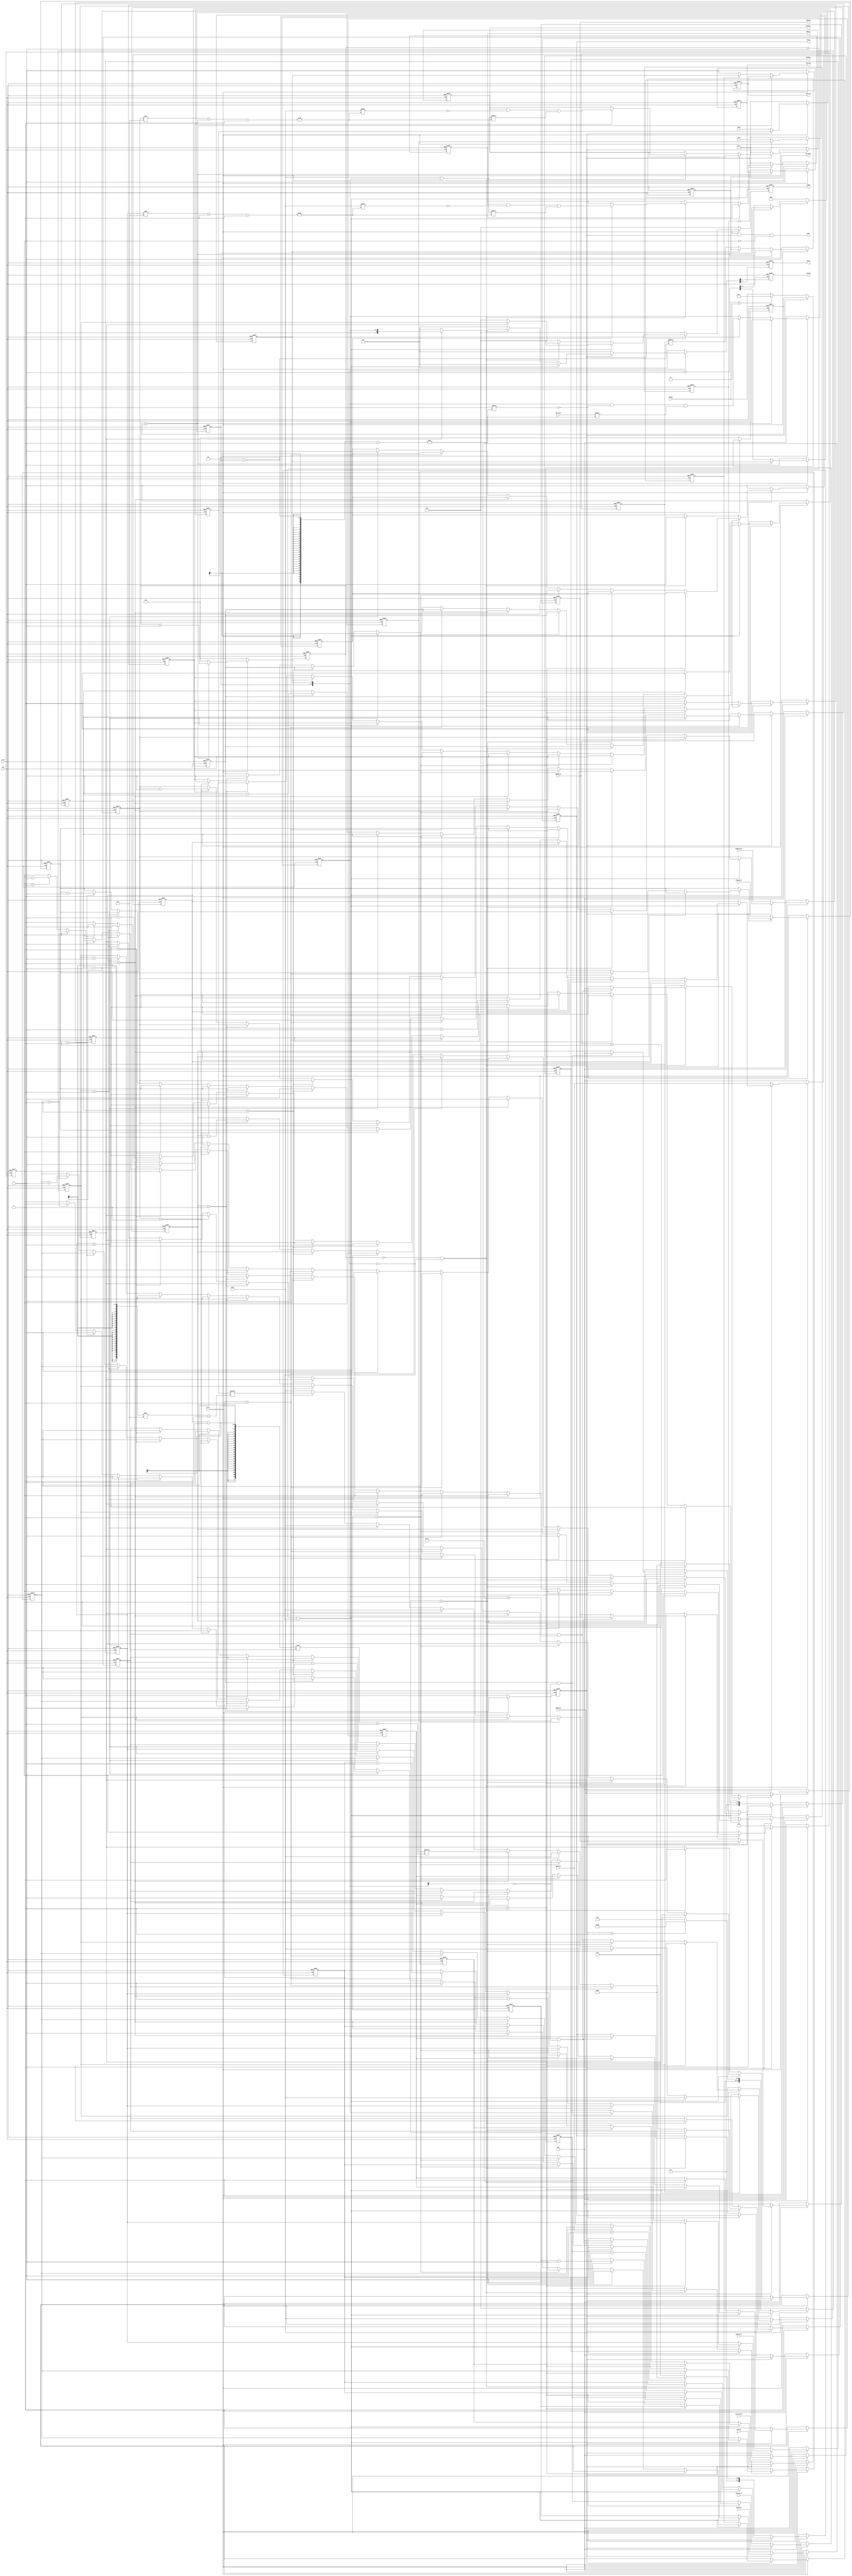
// This program was cloned from: https://github.com/WangXuan95/FPGA-SDcard-Reader-SPI
// License: GNU General Public License v3.0


//--------------------------------------------------------------------------------------------------------
// Module  : spi_session
// Type    : synthesizable, IP's sub module
// Standard: Verilog 2001 (IEEE1364-2001)
//--------------------------------------------------------------------------------------------------------

module spi_session (
    input  wire         rstn,
    input  wire         clk,
    // spi interface
    output reg          spi_ssn, spi_sck, spi_mosi,
    input  wire         spi_miso,
    // user command interface
    input  wire         start, 
    output wire         done,
    input  wire  [31:0] clkdiv, // next command spi_sck = clk / (2*(clkdiv+1)), for example clk=50MHz, clkdiv=124, spi_sck=50MHz/(2*125) = 200kHz
    input  wire  [47:0] cmd, acmd,
    input  wire  [ 7:0] waitcycle, precycle, startcycle, cmdcycle, cmdrcycle, acmdcycle, acmdrcycle, midcycle, stopcycle, recycle, // dummy clock byte cycles
    output reg   [ 7:0] cmdrsp, acmdrsp, rwrsp,
    output reg   [47:0] cmdres, acmdres,
    // data readout
    output reg          rvalid,
    output reg   [15:0] rindex,
    output reg   [ 7:0] rdata
);


initial {cmdrsp, acmdrsp, rwrsp} = 0;
initial {cmdres, acmdres} = 0;
initial {spi_ssn, spi_sck, spi_mosi} = 3'b111;
initial {rvalid, rdata, rindex} = 0;

reg   start_last=1'b0;
reg   [31:0] clkdivreg=0, cyccnt=0;
reg   [ 2:0] bitcnt=3'b0;
reg   highlow=1'b0;
wire  byteend, bytestart;
reg   scken=1'b0, chipselect=1'b0;
reg   [ 7:0] wbyte=8'hff, rbyte=8'h0;
reg   [47:0] cmdr=48'h0, acmdr=48'h0;
reg   [ 7:0] waitc=8'h0, prec=8'h0, startc=8'h0, cmdc=8'h0, cmdrwait=8'h0, cmdrc=8'h0, acmdc=8'h0, acmdrwait=8'h0, acmdrc=8'h0, midc=8'h0, stopc=8'h0, rec=8'h0, lastc=8'h0;
reg   [15:0] rwc = 16'h0;
reg   iscmdr=1'b0, isacmdr=1'b0, iscmdres=1'b0, isacmdres=1'b0,ismidc=1'b0, isrwc=1'b0;

assign byteend   = (cyccnt==0) && ({bitcnt,highlow}==4'h0) ;
assign bytestart = (cyccnt==1) && ({bitcnt,highlow}==4'h0) ;

assign done = start && start_last && (lastc==8'h0);

always @ (posedge clk or negedge rstn)
    if(~rstn) begin
        cyccnt <= 0;
        {bitcnt,highlow} <= 3'h0;
        {spi_ssn, spi_sck, spi_mosi} <= 3'b111;
        rbyte <= 8'h0;
    end else begin
        if(~start) begin
            cyccnt <= 0;
            {bitcnt,highlow} <= 3'h0;
            {spi_ssn, spi_sck, spi_mosi} <= 3'b111;
            rbyte <= 8'h0;
        end else if(cyccnt<clkdivreg) begin
            cyccnt <= cyccnt + 1;
        end else begin
            spi_ssn <= ~chipselect;
            spi_sck <= scken ? highlow : 1'b1;
            if(highlow)                                    // posedge of spi_sck, capture spi_miso
                rbyte[7-bitcnt] <= spi_miso;
            else                                           // negedge of spi_sck, set spi_mosi
                spi_mosi <= wbyte[7-bitcnt];
            {bitcnt,highlow} <= {bitcnt,highlow} + 3'h1;
            cyccnt <= 0;
        end
    end

always @ (posedge clk or negedge rstn)
    if(~rstn) begin
        start_last   <= 1'b0;
        clkdivreg    <= 0;
        {cmdr,acmdr} <= 0;
        {cmdrsp, acmdrsp, rwrsp} <= 0;
        {cmdres, acmdres} <= 0;
        {waitc,prec,startc,cmdc,cmdrwait,cmdrc,acmdc,acmdrwait,acmdrc,midc,rwc,stopc,rec,lastc} <= 0;
        {iscmdr, isacmdr,iscmdres,isacmdres,ismidc,isrwc} <= 0;
        {chipselect,scken,wbyte} <= {2'b00, 8'hff};
        {rvalid, rdata, rindex} <= 0;
    end else begin
        {rvalid, rdata, rindex} <= 0;
        if(~start) begin
            start_last   <= 1'b0;
            clkdivreg    <= 0;
            {cmdr,acmdr} <= 0;
            {cmdrsp, acmdrsp, rwrsp} <= 0;
            {cmdres, acmdres} <= 0;
            {waitc,prec,startc,cmdc,cmdrwait,cmdrc,acmdc,acmdrwait,acmdrc,midc,rwc,stopc,rec,lastc} <= 0;
            {iscmdr, isacmdr,iscmdres,isacmdres,ismidc,isrwc} <= 0;
            {chipselect,scken,wbyte} <= {2'b00, 8'hff};
        end else if(~start_last) begin
            start_last   <= 1'b1;
            clkdivreg    <= clkdiv<2 ? 2 : clkdiv;
            {cmdr,acmdr} <= {cmd, acmd};
            {cmdrsp, acmdrsp, rwrsp} <= 0;
            {cmdres, acmdres} <= 0;
            {waitc,prec,startc,cmdc,cmdrwait,cmdrc,acmdc,acmdrwait,acmdrc,midc,rwc,stopc,rec,lastc} <= {waitcycle,precycle,startcycle,cmdcycle,(cmdcycle>0)?8'h20:8'h0,cmdrcycle,acmdcycle,(acmdcycle>0)?8'h20:8'h0,acmdrcycle,midcycle,(midcycle>0)?16'd514:16'd0,stopcycle,recycle,8'h2};
            {iscmdr, isacmdr,iscmdres,isacmdres,ismidc,isrwc} <= 0;
            {chipselect,scken,wbyte} <= {2'b00, 8'hff};
        end else if(bytestart) begin
            if         (waitc>0) begin
                waitc <= waitc - 8'd1;
                {chipselect,scken,wbyte} <= {2'b00, 8'hff};
            end else if(prec>0) begin
                prec <= prec - 8'd1;
                {chipselect,scken,wbyte} <= {2'b01, 8'hff};
            end else if(startc>0) begin
                startc <= startc - 8'd1;
                {chipselect,scken,wbyte} <= {2'b11, 8'hff};
            end else if(cmdc>0) begin
                cmdc <= cmdc - 8'd1;
                {chipselect,scken,wbyte} <= {2'b11, cmdr[(cmdc-8'd1)*8+:8]};
            end else if(cmdrwait>0) begin     iscmdr <= 1'b1;
                cmdrwait <= cmdrwait - 8'd1;
                {chipselect,scken,wbyte} <= {2'b11, 8'hff};
            end else if(cmdrc>0) begin        iscmdres <= 1'b1;
                cmdrc <= cmdrc - 8'd1;
                {chipselect,scken,wbyte} <= {2'b11, 8'hff};
            end else if(acmdc>0) begin
                acmdc <= acmdc - 8'd1;
                {chipselect,scken,wbyte} <= {2'b11, acmdr[(acmdc-8'd1)*8+:8]};
            end else if(acmdrwait>0) begin    isacmdr <= 1'b1;
                acmdrwait <= acmdrwait - 8'd1;
                {chipselect,scken,wbyte} <= {2'b11, 8'hff};
            end else if(acmdrc>0) begin       isacmdres <= 1'b1;
                acmdrc <= acmdrc - 8'd1;
                {chipselect,scken,wbyte} <= {2'b11, 8'hff};
            end else if(midc>0) begin         ismidc <= 1'b1;
                midc <= midc - 8'd1;
                {chipselect,scken,wbyte} <= {2'b11, 8'hff};
            end else if(rwc>0) begin          isrwc  <= 1'b1;
                rwc <= rwc - 16'd1;
                {chipselect,scken,wbyte} <= {2'b11, 8'hff};
            end else if(stopc>0) begin
                stopc <= stopc - 8'd1;
                {chipselect,scken,wbyte} <= {2'b11, 8'hff};
            end else if(rec>0) begin
                rec <= rec - 8'd1;
                {chipselect,scken,wbyte} <= {2'b01, 8'hff};
            end else if(lastc>0) begin
                lastc <= lastc - 8'd1;
                {chipselect,scken,wbyte} <= {2'b00, 8'hff};
            end else begin
                {chipselect,scken,wbyte} <= {2'b00, 8'hff};
            end
        end else if(byteend) begin
            if(iscmdr && ~rbyte[7]) begin
                cmdrsp    <= rbyte;
                cmdrwait  = 8'd0;
            end
            if( iscmdres) cmdres[cmdrc*8+:8] <= rbyte;
            if(isacmdr && ~rbyte[7]) begin
                acmdrsp   <= rbyte;
                acmdrwait <= 8'd0;
            end
            if(isacmdres) acmdres[acmdrc*8+:8] <= rbyte;
            if(ismidc && rbyte==8'hFE) begin
                rwrsp <= rbyte;
                midc  <= 8'd0;
            end
            if(isrwc) begin
                {rvalid, rdata} <= {1'b1, rbyte};
                rindex <= rwc;
            end
            {iscmdr, isacmdr,iscmdres,isacmdres,ismidc,isrwc} <= 0;
        end
    end

endmodule